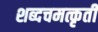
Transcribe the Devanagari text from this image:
शब्दचमत्कृती